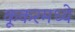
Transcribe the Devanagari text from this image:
कूकरमध्ये